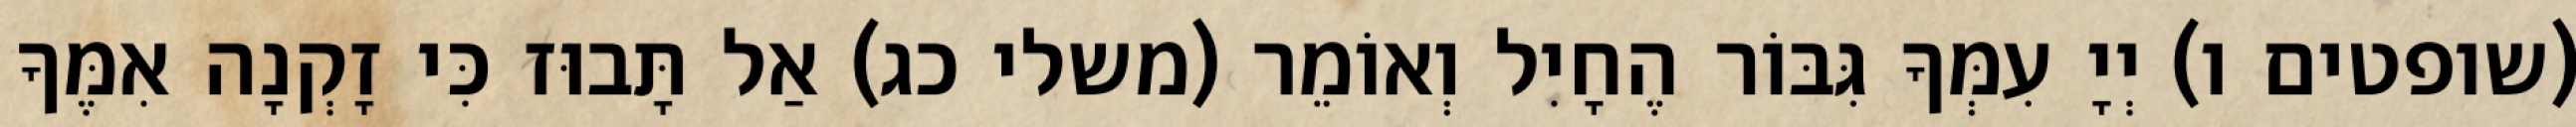
(שופטים ו) יְיָ עִמְּךָ גִּבּוֹר הֶחָיִל וְאוֹמֵר (משלי כג) אַל תָּבוּז כִּי זָקְנָה אִמֶּךָ